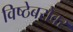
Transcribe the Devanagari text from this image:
विष्ठेबरोबर